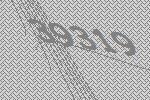
39319